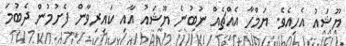
ޔޫޝައު އެހިއެވެ. ޔަމްހާ އެއްޗެއް ނުބުނެ ޔޫޝައު އާއި ކައިރިވާން ފެށުމުން ދެބުމަ